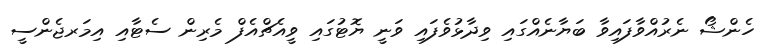
ހެންޝޯ ނެރުއްވާފައިވާ ބަޔާނެއްގައި ވިދާޅުވެފައި ވަނީ ޔޮޓުގައި ވީއެޗްއެފް މެރިން ސެޓާއި އިމަރޖެންސީ